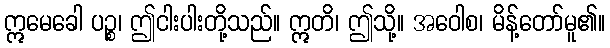
ဣမေခေါ ပဉ္စ၊ ဤငါးပါးတို့သည်။ ဣတိ၊ ဤသို့။ အဝေါစ၊ မိန့်တော်မူ၏။